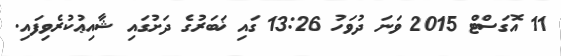
11 އޮގަސްޓް 2015 ވަނަ ދުވަހު 13:26 ގައި ޚަބަރުގެ ދަށުގައި ޝާއިޢުކުރެވިފައި.